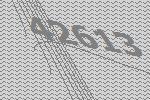
42613